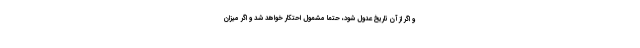
و اگر از آن تاریخ عدول شود، حتما مشمول احتکار خواهد شد و اگر میزان